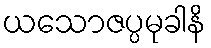
ယသောဇပ္ပမုခါနိ